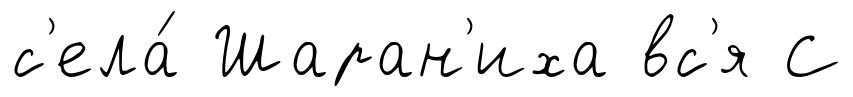
с'ела́ Шаран'иха вс'я С